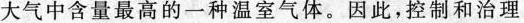
大气中含量最高的一种温室气体。因此，控制和治理